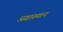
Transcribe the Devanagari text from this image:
अग्राख्यानं